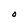
Character: O